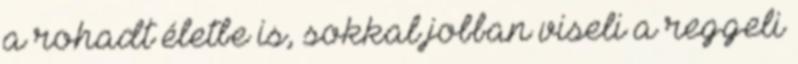
a rohadt életbe is, sokkal jobban viseli a reggeli